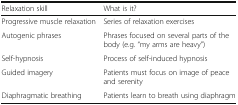
<table><thead><tr><td><b>Relaxation skill</b></td><td><b>What is it?</b></td></tr></thead><tbody><tr><td>Progressive muscle relaxation</td><td>Series of relaxation exercises</td></tr><tr><td>Autogenic phrases</td><td>Phrases focused on several parts of the body (e.g. “my arms are heavy”)</td></tr><tr><td>Self-hypnosis</td><td>Process of self-induced hypnosis</td></tr><tr><td>Guided imagery</td><td>Patients must focus on image of peace and serenity</td></tr><tr><td>Diaphragmatic breathing</td><td>Patients learn to breath using diaphragm</td></tr></tbody></table>